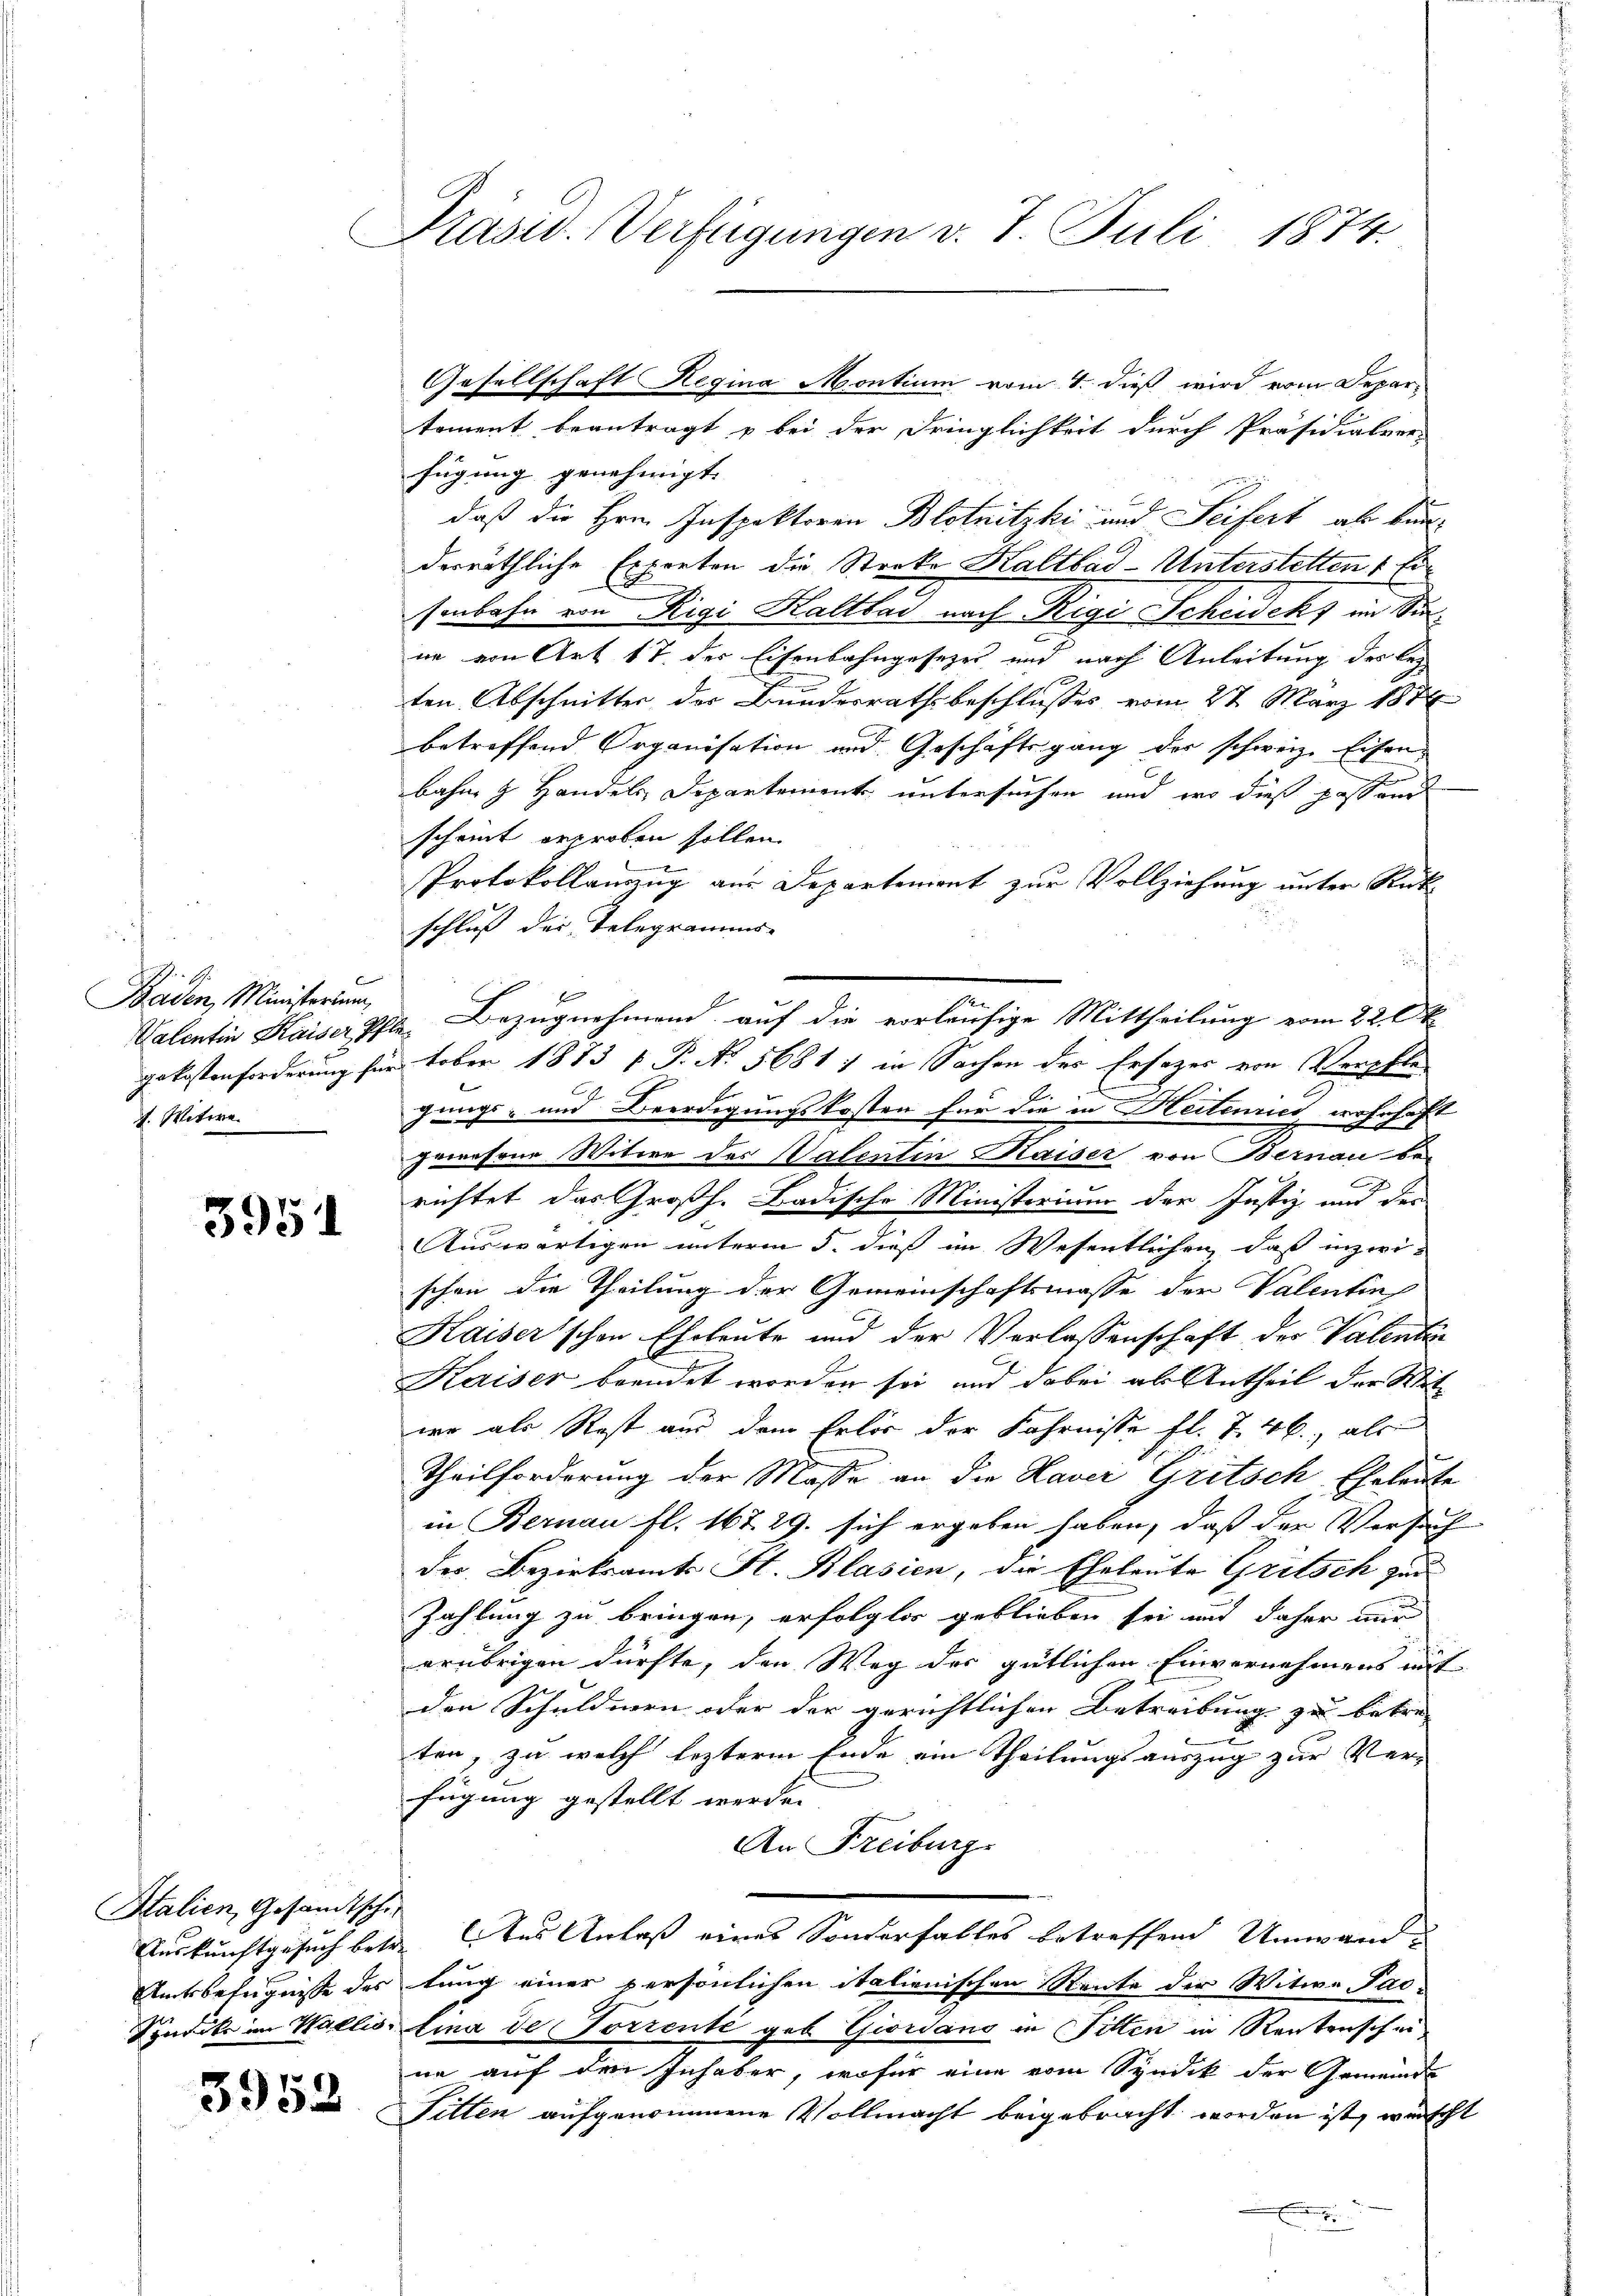
|
Baden, Ministorium
1. Witwe

3951

Stalien, Gesandtschi

3952

Prasis. Verfügungen v. 7. Juli 1874.

tement beantragt u bei der Dringlichkeit durch Präsidialver-
fügung genehmigt.
daß die Hrn. Inspektoren Blotnitzki und Seifert als bun-
derräthliche Experten die Streke Kaltbad-Unterstetten 1 Ersenbahn von Rigi Kaltbar nach Rigi Schewekt im Sinne von Art 17. der Eisenbahngesezes und nach Anleitung des bez
ten Abschnitter der Bundesrathsbeschlusses vom 27. März 1876
betreffend Organisation und Geschäftsgang der schweiz. Eisen
bahn & Handels Departement untersuchen und wo dies passand
scheint erproben sollen.
u
Protokollauszug aus Departement zur Vollziehung unter Rück
schluß der Telegramms
se
e
gekostenforderung für tober 1873 f. P. Nr. 5681 : in Sachen der Ersazer von Verpfle
gungs- und Beerdigungskosten für die in Reitenries er
beschafft
i
perresene Witwe des Valentin Kaiser von Bernau be-
richtet das Großh. Badische Ministerium der Justiz- und der
Auswärtigen unterm 5. dieß im Wesentlichen, daß inzwischon die Theilung der Gemeinschaftsmasse der Valentin
Kaiser'schen Eheleute und der Verlassenschaft der Valenten
Kaiser beendet worden sei, und dabei als Antheil der Mitwo als Rest aus dem Erlös der Fahrnisse fl. 7. 46, als
Theilforderung der Masse an die Haver Gritsch Eheleute
in Bernau fl. 167. 29. sich ergeben haben, daß der Versuch
der Bezirksamts St. Blasien, die Eheleute Gritsch zur
Zahlung zu bringen, erfolglos geblieben sei und daher mir
erübrigen dürfte, den Weg des gütlichen Einvernehmens mit
den Schuldnen oder der gerichtlichen Betreibung zu betre
.
ten, zu welch lezterm Ende ein Theilungsauszug zur Ver-
fügung gestellt werde.
An Freiburg
Auskunftgesuch betr. des Anlaß eines Sonderfalles betreffend Umwand¬
Amtsbefugnisse des tung einer persönlichen italienischen Rente der Witwe Pac¬
Syndike im Wallis, Lina de Torrente geb. Giordano in Fitten in Rentenschei
ne auf den Inhaber, wofür eine vom Syndik der Gemeinde
Filten aufgenommene Vollmacht beigebracht worden ist, wünscht

Gesellschaft Regina Montium vom 4. dieß wird vom Depar¬

Valentin Kaiser Pfler Bezugnehmend auf die vorläufige Mittheilung vom 22. Ok